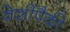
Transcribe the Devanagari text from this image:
वेशींपैकी